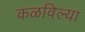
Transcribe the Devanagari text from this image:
कळविल्या